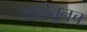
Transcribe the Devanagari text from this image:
शाळेतूनच